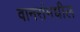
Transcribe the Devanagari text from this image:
वानरांमधील